Civil Veterinary Dept. Assam report 1927-50 - 1927-1950
Year: 1927
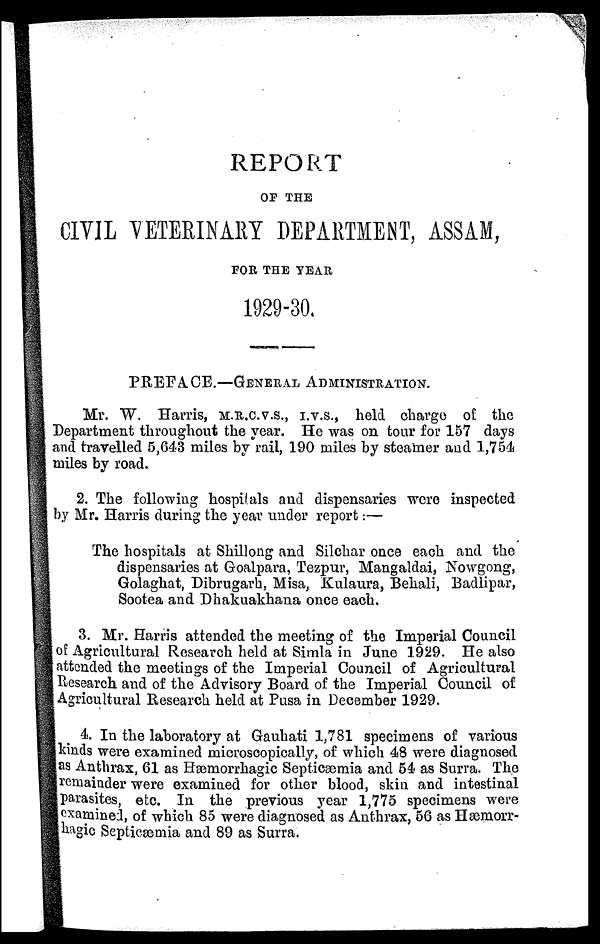
REPORT
OF THE
CIVIL VETERINARY DEPARTMENT, ASSAM,
FOR THE YEAR
1929-30.
PREFACE.—GENERAL ADMINISTRATION.
Mr. W. Harris, M.R.C.V.S., I.V.S., held charge of the
Department throughout the year. He was on tour for 157 days
and travelled 5,643 miles by rail, 190 miles by steamer and 1,754
miles by road.
2. The following hospitals and dispensaries were inspected
by Mr. Harris during the year under report:—
The hospitals at Shillong and Silchar once each and the
dispensaries at Goalpara, Tezpur, Mangaldai, Nowgong,
Golaghat, Dibrugarh, Misa, Kulaura, Behali, Badlipar,
Sootea and Dhakuakhana once each.
3. Mr. Harris attended the meeting of the Imperial Council
of Agricultural Research held at Simla in June 1929. He also
attended the meetings of the Imperial Council of Agricultural
Research and of the Advisory Board of the Imperial Council of
Agricultural Research held at Pusa in December 1929.
4. In the laboratory at Gauhati 1,781 specimens of various
kinds were examined microscopically, of which 48 were diagnosed
as Anthrax, 61 as Hæmorrhagic Septicæmia and 54 as Surra. The
remainder were examined for other blood, skin and intestinal
parasites, etc. In the previous year 1,775 specimens were
examined, of which 85 were diagnosed as Anthrax, 56 as Hæmorr-
hagic Septicæmia and 89 as Surra.